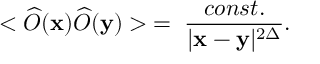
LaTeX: < \widehat { \cal O } ( { \bf x } ) \widehat { \cal O } ( { \bf y } ) > \; = \; \frac { c o n s t . } { | { \bf x } - { \bf y } | ^ { 2 \Delta } } .